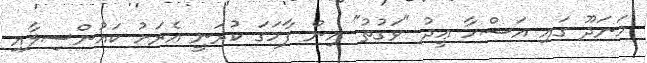
މަނަދޫ ގައި އަޟްހާ ޢީދު "ވަގުތު" އިން ފާހަގަ ކުރަނީ އެރަށު ކައުންސިލާއި